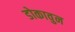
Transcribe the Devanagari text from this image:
डोकावुन